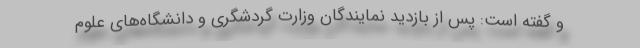
و گفته است: پس از بازدید نمایندگان وزارت گردشگری و دانشگاه‌های علوم